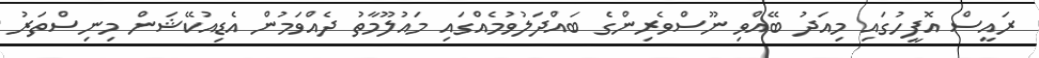
ރައީސް އޮފީހުގައި މިއަދު ބޭއްވި ނޫސްވެރިންގެ ބައްދަލުވުމެއްގައި މައުލޫމާތު ދެއްވަމުން އެޑިއުކޭޝަން މިނިސްތަރު